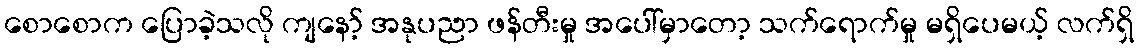
စောစောက ပြောခဲ့သလို ကျနော့် အနုပညာ ဖန်တီးမှု အပေါ်မှာတော့ သက်ရောက်မှု မရှိပေမယ့် လက်ရှိ